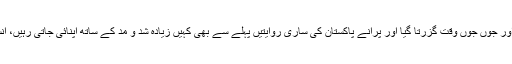
یہ ہے وہ سوال جس کا جواب ہر پاکستانی عمران خاں صاحب آپ سے کر رہا ہے اور جوں جوں وقت گزرتا گیا اور پرانے پاکستان کی ساری روایتیں پہلے سے بھی کہیں زیادہ شد و مد کے ساتھ اپنائی جاتی رہیں، انسان تو انسان، در و دیوار بھی موجودہ حکومت سے یہی سوال کرتے نظر آئیں گے۔